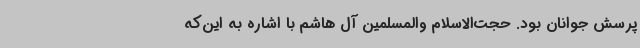
پرسش‌ جوانان بود. حجت‌الاسلام والمسلمین آل هاشم با اشاره به این‌که